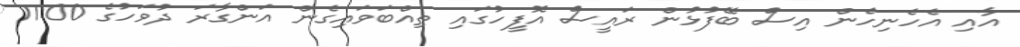
އާއި އެހެނިހެން އިސް ބޭފުޅުން ރައީސް އޮފީހުގައި ތިއްބަވައިގެން އަންގާރަ ދުވަހުގެ 11:00